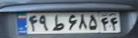
۴۹ط۶۸۵۴۴